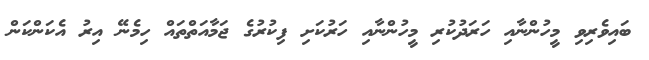
ބައިވެރިވި މީހުންނާއި ހަރަދުކުރި މީހުންނާއި ހަރުކަށި ފިކުރުގެ ޖަމާއަތްތައް ހިމެނޭ އިރު އެކަންކަން